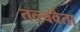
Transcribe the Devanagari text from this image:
तत्त्ववेता